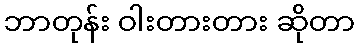
ဘာတုန်း ဝါးတားတား ဆိုတာ